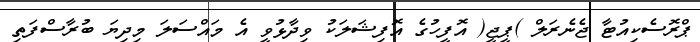
ޕްރޮސެކިއުޓާ ޖެނެރަލް )ޕީޖީ( އޮފީހުގެ އޮފިޝަލަކު ވިދާޅުވީ އެ މައްސަލަ މިދިޔަ ބުރާސްފަތި